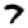
Digit: 7